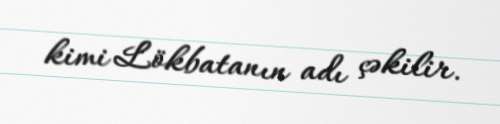
kimi Lökbatanın adı çəkilir.